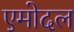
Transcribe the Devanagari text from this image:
एमोदल